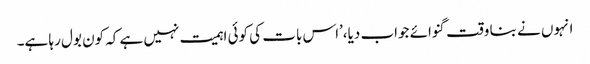
انہوں نے بنا وقت گنوائے جواب دیا،’اس بات کی کوئی اہمیت نہیں ہے کہ کون بول رہا ہے۔